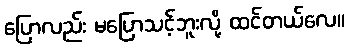
ပြောလည်း မပြောသင့်ဘူးလို့ ထင်တယ်လေ။